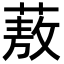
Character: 蔜